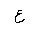
Letter: _ayn